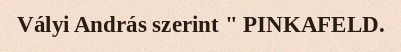
Vályi András szerint " PINKAFELD.